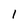
Character: 1